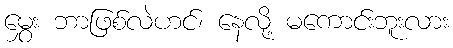
မွှေး ဘာဖြစ်လဲဟင်၊ နေလို့ မကောင်းဘူးလား